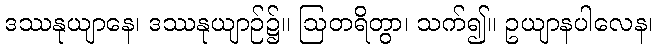
ဒဿနုယျာနေ၊ ဒဿနုယျာဉ်၌။ ဩတရိတွာ၊ သက်၍။ ဥယျာနပါလေန၊